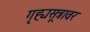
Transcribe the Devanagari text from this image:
गृह्यसूत्रावर